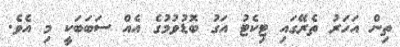
ތިން އަހަރު ތެރޭގައި ޓިކެޓު އަގު ބޮޑުވުމުގެ އެއް ސަބަބަކީ މި އެވެ.